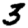
Digit: 3